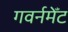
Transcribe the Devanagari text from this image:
गवर्नमेँट